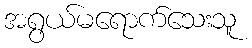
အရွယ်မရောက်သေးသူ